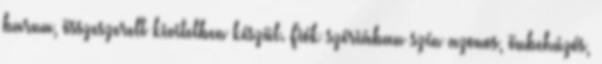
barna, összeszerelt kivitelben készül. Fiók szériában szín azonos, önbehúzós,